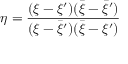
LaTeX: \eta = \frac { ( \xi - \xi ^ { \prime } ) ( \bar { \xi } - \bar { \xi } ^ { \prime } ) } { ( \xi - \bar { \xi } ^ { \prime } ) ( \bar { \xi } - \xi ^ { \prime } ) }